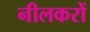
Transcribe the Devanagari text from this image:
नीलकरों